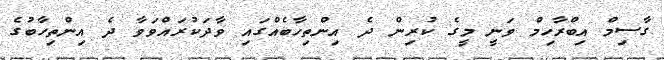
ގާސިމް އިބްރާހިމް ވަނީ މީގެ ކުރިން ދެ އިންތިހާބެއްގައި ވާދަކުރައްވަވާ ދެ އިންތިހާބުގެ